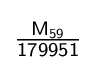
{\mathsf {\tfrac {M_{59}}{179951}}}